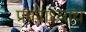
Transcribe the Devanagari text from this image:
प्रवराध्याय